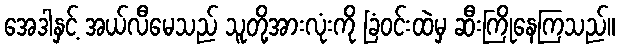
အေဒါနှင့် အယ်လီမေသည် သူတို့အားလုံးကို ခြံဝင်းထဲမှ ဆီးကြိုနေကြသည်။